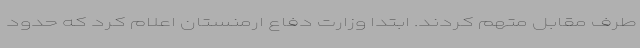
طرف مقابل متهم کردند. ابتدا وزارت دفاع ارمنستان اعلام کرد که حدود